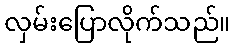
လှမ်းပြောလိုက်သည်။